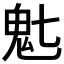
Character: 𬴽